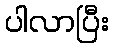
ပါလာပြီး